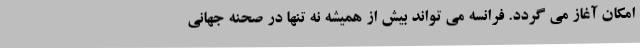
امکان آغاز می گردد. فرانسه می تواند بیش از همیشه نه تنها در صحنه جهانی